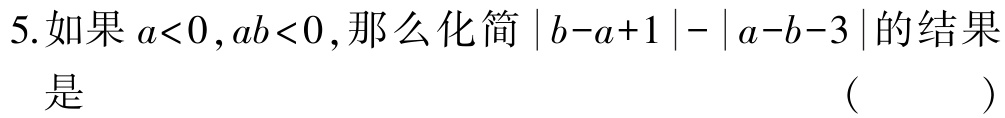
5.如果\(a<0,ab<0\),那么化简\(\vert b - a + 1\vert-\vert a - b - 3\vert\)的结果
是 （  ）